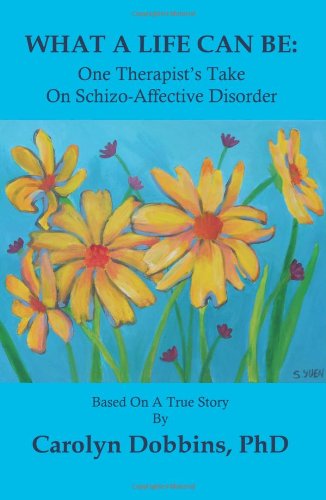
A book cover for What a Life Can Be: One Therapist's Take on Schizo-Affective Disorder.; Carolyn Dobbins Phd; Medical Books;